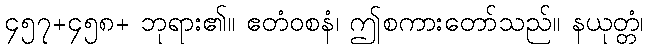
၄၅၇+၄၅၈+ ဘုရား၏။ ဧတံဝစနံ၊ ဤစကားတော်သည်။ နယုတ္တံ၊